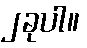
၂ခုပါ။